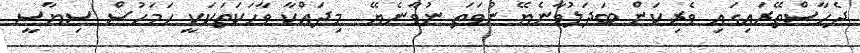
ދެހާސްތޭރައިގައި ވެރިކަން ބަދަލުވާނެޔޭ ނުވަތަ ނުވާނެޔޭ  މިދައްކާ ވާހަކަތަކަކީ ހަމަހުސް ސިޔާސީ